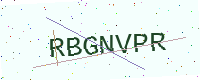
Text: RBGNVPR